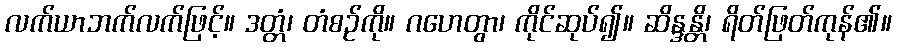
လက်ယာဘက်လက်ဖြင့်။ ဒတ္တံ၊ တံစဉ်ကို။ ဂဟေတွာ၊ ကိုင်ဆုပ်၍။ ဆိန္ဒန္တိ၊ ရိတ်ဖြတ်ကုန်၏။